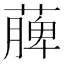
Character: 𮑎